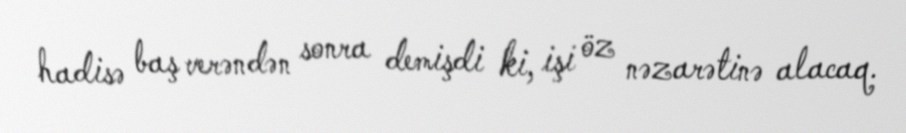
hadisə baş verəndən sonra demişdi ki, işi öz nəzarətinə alacaq.